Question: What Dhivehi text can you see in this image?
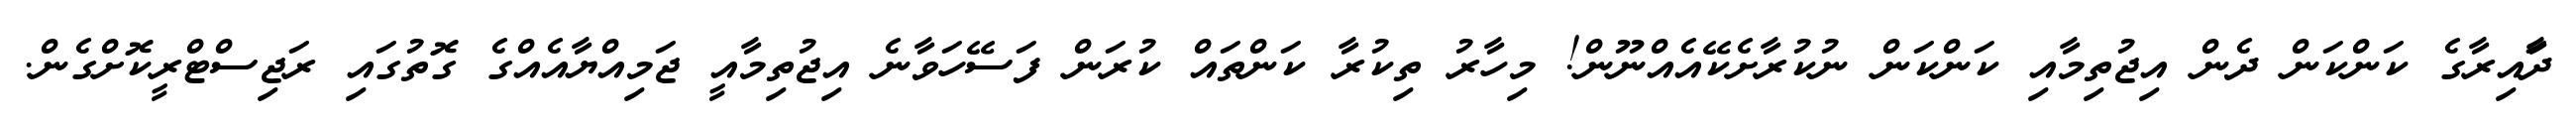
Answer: ދަާއިރާގެ ކަންކަން ދެން އިޖުތިމާއި ކަންކަން ނުކުރާށެކޭއެއްނޫން! މިހާރު ތިކުރާ ކަންތައް ކުރަން ފަސޭހަވާނެ އިޖުތިމާއީ ޖަމިއްޔާއެއްގެ ގޮތުގައި ރަޖިސްޓްރީކޮށްގެން.